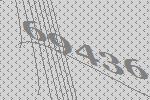
69436